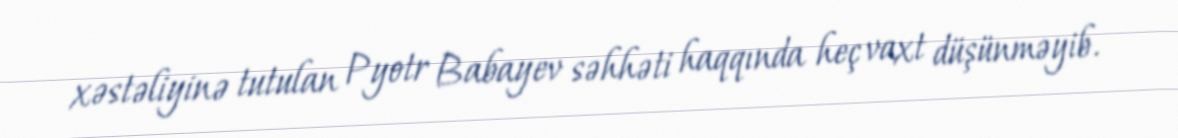
xəstəliyinə tutulan Pyotr Babayev səhhəti haqqında heç vaxt düşünməyib.